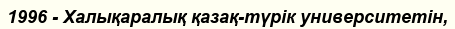
1996 - Халықаралық қазақ-түрік университетін,